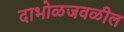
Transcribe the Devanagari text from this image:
दाभोळजवळील